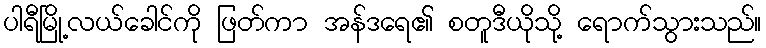
ပါရီမြို့လယ်ခေါင်ကို ဖြတ်ကာ အန်ဒရေ၏ စတူဒီယိုသို့ ရောက်သွားသည်။